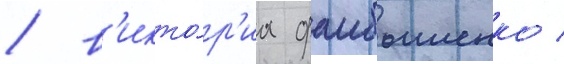
/ в'икто́р'иа фаибышенко /